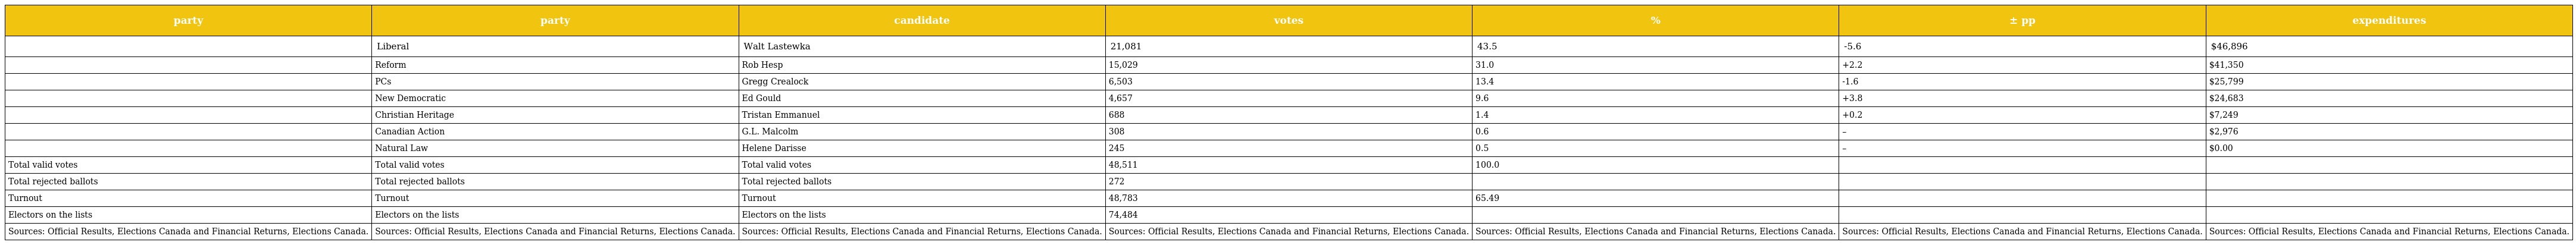
| party | party | candidate | votes | % | ± pp | expenditures |
 | --- | --- | --- | --- | --- | --- | --- |
 |  | Liberal | Walt Lastewka | 21,081 | 43.5 | -5.6 | $46,896 |
 |  | Reform | Rob Hesp | 15,029 | 31.0 | +2.2 | $41,350 |
 |  | PCs | Gregg Crealock | 6,503 | 13.4 | -1.6 | $25,799 |
 |  | New Democratic | Ed Gould | 4,657 | 9.6 | +3.8 | $24,683 |
 |  | Christian Heritage | Tristan Emmanuel | 688 | 1.4 | +0.2 | $7,249 |
 |  | Canadian Action | G.L. Malcolm | 308 | 0.6 | – | $2,976 |
 |  | Natural Law | Helene Darisse | 245 | 0.5 | – | $0.00 |
 | Total valid votes | Total valid votes | Total valid votes | 48,511 | 100.0 |  |  |
 | Total rejected ballots | Total rejected ballots | Total rejected ballots | 272 |  |  |  |
 | Turnout | Turnout | Turnout | 48,783 | 65.49 |  |  |
 | Electors on the lists | Electors on the lists | Electors on the lists | 74,484 |  |  |  |
 | Sources: Official Results, Elections Canada and Financial Returns, Elections Canada. | Sources: Official Results, Elections Canada and Financial Returns, Elections Canada. | Sources: Official Results, Elections Canada and Financial Returns, Elections Canada. | Sources: Official Results, Elections Canada and Financial Returns, Elections Canada. | Sources: Official Results, Elections Canada and Financial Returns, Elections Canada. | Sources: Official Results, Elections Canada and Financial Returns, Elections Canada. | Sources: Official Results, Elections Canada and Financial Returns, Elections Canada. |